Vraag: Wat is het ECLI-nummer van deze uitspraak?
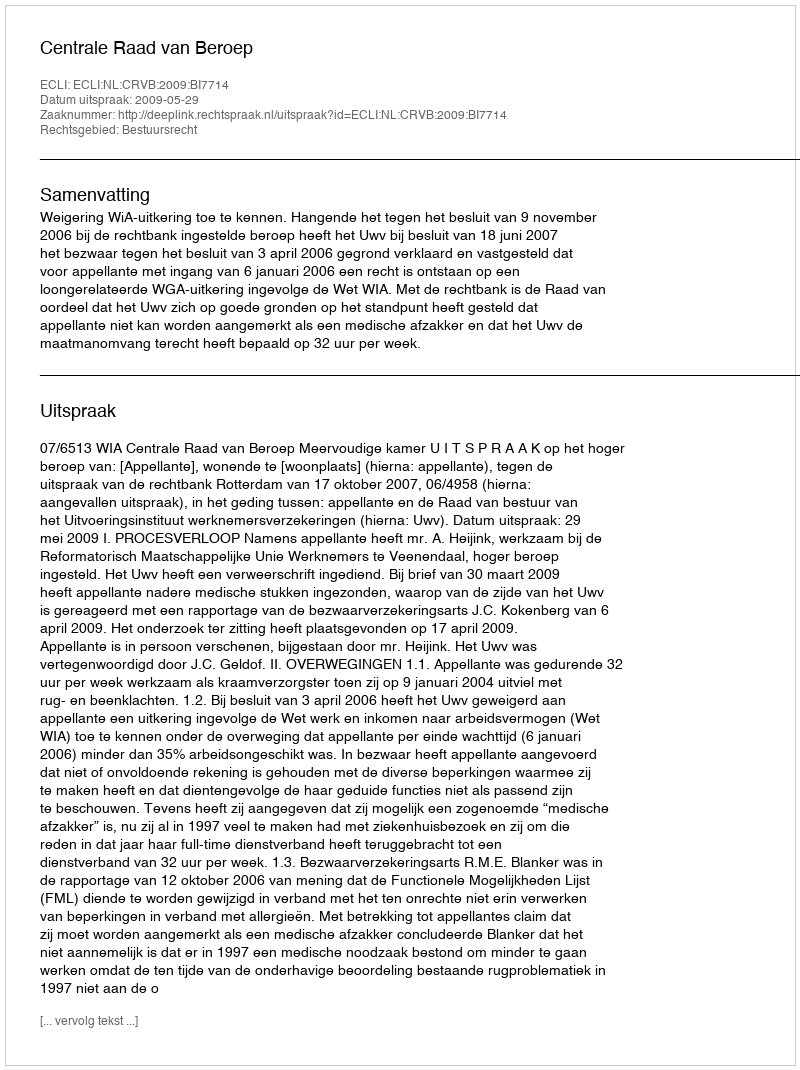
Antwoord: ECLI:NL:CRVB:2009:BI7714